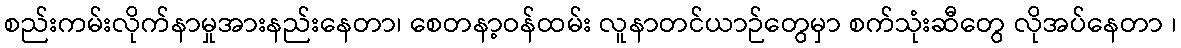
စည်းကမ်းလိုက်နာမှုအားနည်းနေတာ၊ စေတနာ့ဝန်ထမ်း လူနာတင်ယာဉ်တွေမှာ စက်သုံးဆီတွေ လိုအပ်နေတာ ၊